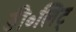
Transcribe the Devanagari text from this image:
डी॰लिट्